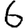
Digit: 6